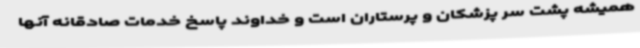
همیشه پشت سر پزشکان و پرستاران است و خداوند پاسخ خدمات صادقانه آنها